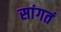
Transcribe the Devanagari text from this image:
सांगतं